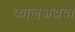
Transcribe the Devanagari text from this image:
व्यालअथवा